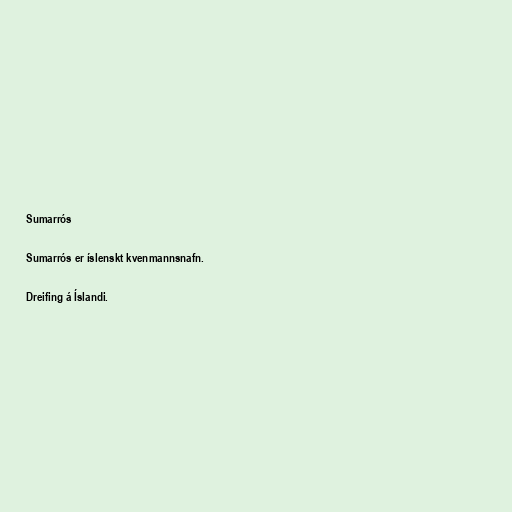
Sumarrós

Sumarrós er íslenskt kvenmannsnafn.

Dreifing á Íslandi.